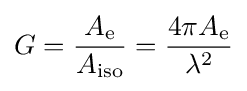
G={\frac {A_{\text{e}}}{A_{\text{iso}}}}={\frac {4\pi A_{\text{e}}}{\lambda ^{2}}}